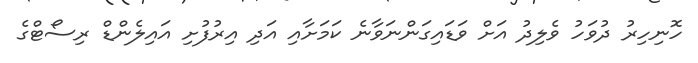
ހޮނިހިރު ދުވަހު ވެލިދު އަށް ވަޑައިގަންނަވާނެ ކަމަށާއި އަދި އިރުފުށި އައިލެންޑް ރިސޯޓްގެ